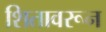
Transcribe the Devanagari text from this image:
शितावरून